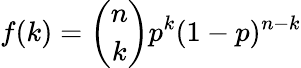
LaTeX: f(k)={\binom{n}{k}}p^{k}(1-p)^{n-k}